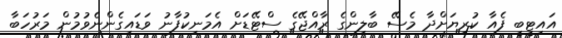
އައިޓީބީ ފެއާ ކުރިޔަށްދާ މެސޭ ބާލިންގެ ރާއްޖޭގެ ސްޓޭޑަށް އެމަނިކުފާނު ވަޑައިގެންނެވުމުން މަރުހަބާ